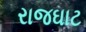
રાજઘાટ